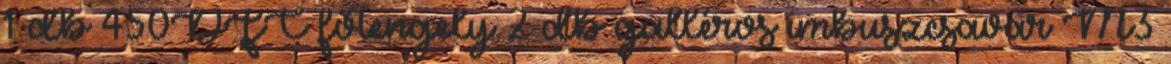
1 db 450DFC főtengely 2 db galléros imbuszcsavar M3